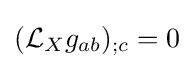
({\mathcal {L}}_{X}g_{ab})_{;c}=0